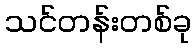
သင်တန်းတစ်ခု